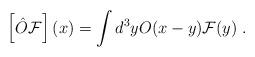
LaTeX: \begin{align*}\left[ \hat{O}\mathcal{F}\right] (x)=\int d^{3}yO(x-y)\mathcal{F}(y)\;.\end{align*}